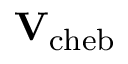
\mathbf { V } _ { \mathrm { c h e b } }